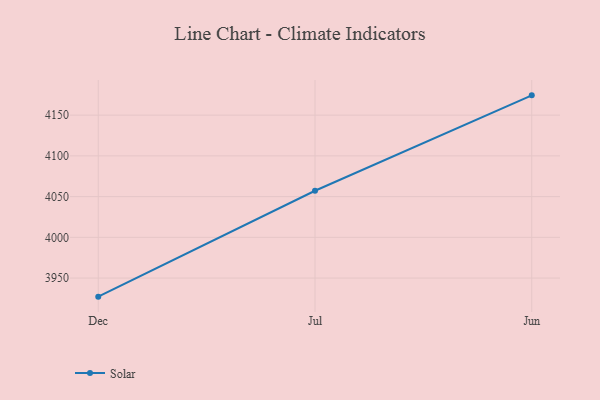
{"axis": {"x": "Month", "y": "Demand Index"}, "legend": ["Solar"], "data": [{"x": "Dec", "y": 3927.2, "type": "Solar"}, {"x": "Jul", "y": 4057.2, "type": "Solar"}, {"x": "Jun", "y": 4174.3, "type": "Solar"}]}